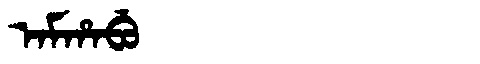
Manchu: ᠠᠮᡥᠠᠪᡠ
Romanization: AMHABU